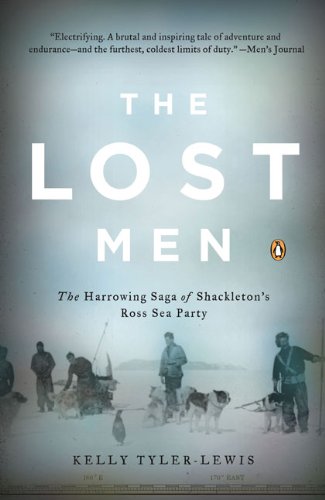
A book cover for The Lost Men: The Harrowing Saga of Shackleton's Ross Sea Party; Kelly Tyler-Lewis; History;